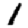
Digit: 1